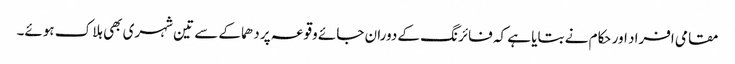
مقامی افراد اور حکام نے بتایا ہے کہ فائرنگ کے دوران جائے وقوعہ پر دھماکے سے تین شہری بھی ہلاک ہوئے۔